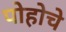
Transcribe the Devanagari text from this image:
पोहोचे